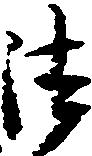
法